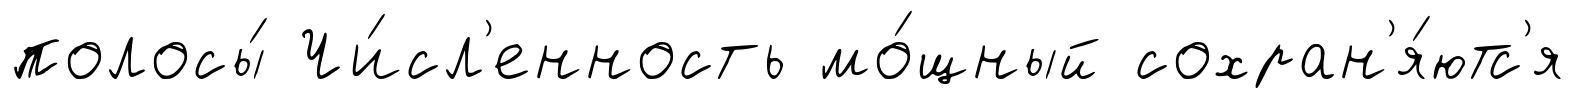
полосы́ Чи́сл'енность мо́щный сохран'я́ютс'я